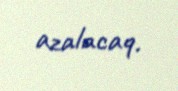
azalacaq.